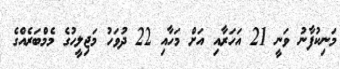
މަނިކުފާނު ވަނީ 21 އަހަރާއި އަށް މަހާއި 22 ދުވަހު މަޖިލީހުގެ މެމްބަރެއްގެ